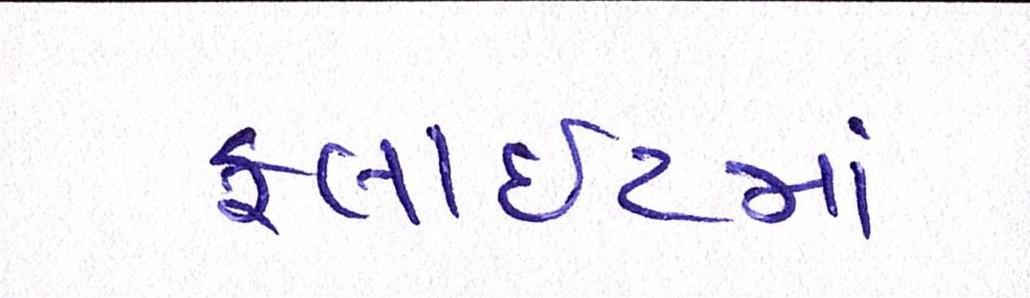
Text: ફ્લાઈટમાં